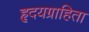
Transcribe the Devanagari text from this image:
हृदयग्राहिता